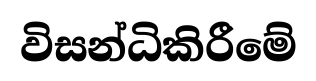
විසන්ධිකිරීමේ